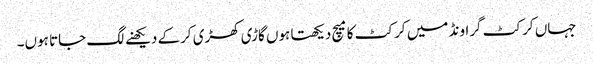
جہاں کرکٹ گراونڈ میں کرکٹ کامیچ دیکھتا ہوں گاڑی کھڑی کرکے دیکھنے لگ جاتا ہوں۔